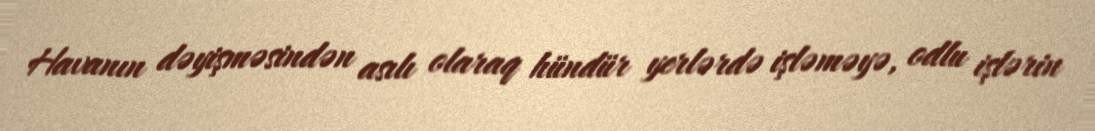
Havanın dəyişməsindən asılı olaraq hündür yerlərdə işləməyə, odlu işlərin